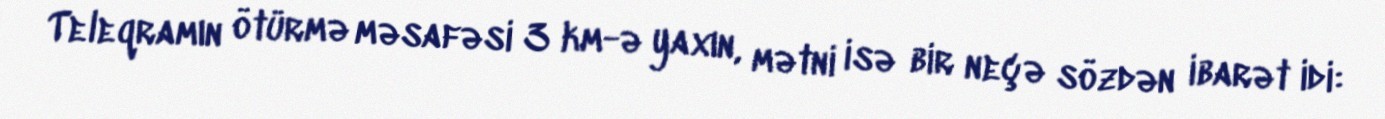
Teleqramın ötürmə məsafəsi 3 km-ə yaxın, mətni isə bir neçə sözdən ibarət idi: